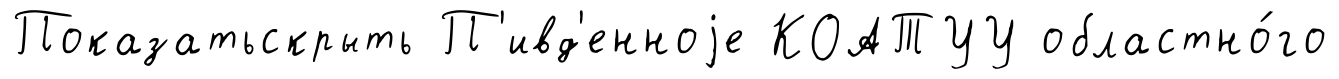
Показатьскрыть П'ивд'енноjе КОАТУУ областно́го